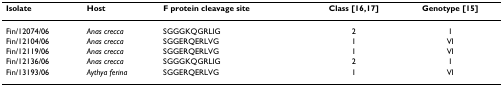
<table><thead><tr><td><b>Isolate</b></td><td><b>Host</b></td><td><b>F protein cleavage site</b></td><td><b>Class [16,17]</b></td><td><b>Genotype [15]</b></td></tr></thead><tbody><tr><td>Fin/12074/06</td><td><i>Anas crecca</i></td><td>SGGGKQGRLIG</td><td>2</td><td>I</td></tr><tr><td>Fin/12104/06</td><td><i>Anas crecca</i></td><td>SGGERQERLVG</td><td>1</td><td>VI</td></tr><tr><td>Fin/12119/06</td><td><i>Anas crecca</i></td><td>SGGERQERLVG</td><td>1</td><td>VI</td></tr><tr><td>Fin/12136/06</td><td><i>Anas crecca</i></td><td>SGGGKQGRLIG</td><td>2</td><td>I</td></tr><tr><td>Fin/13193/06</td><td><i>Aythya ferina</i></td><td>SGGERQERLVG</td><td>1</td><td>VI</td></tr></tbody></table>